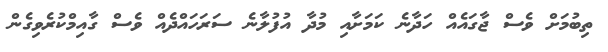
ތިބުމަށް ވެސް ޖާގައެއް ހަދާނެ ކަމަށާއި މުދާ އުފުލާނެ ސަރަހައްދެއް ވެސް ގާއިމްކުރެވިގެން